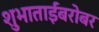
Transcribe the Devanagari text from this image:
शुभाताईंबरोबर